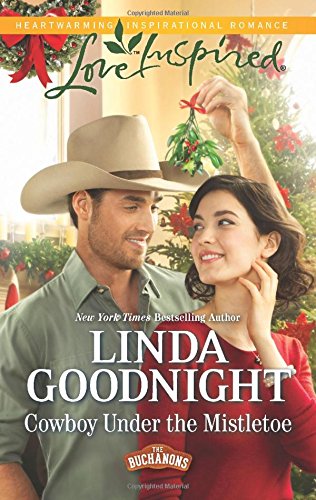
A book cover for Cowboy Under the Mistletoe (The Buchanons); Linda Goodnight; Christian Books & Bibles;